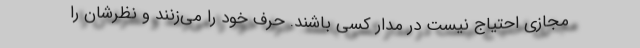
مجازی احتیاج نیست در مدار کسی باشند. حرف خود را می‌زنند و نظرشان را